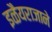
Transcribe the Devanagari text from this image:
इळैयराजाने